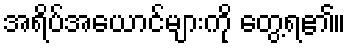
အရိပ်အယောင်များကို တွေ့ရ၏။